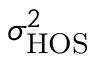
\sigma _ { \mathrm { H O S } } ^ { 2 }